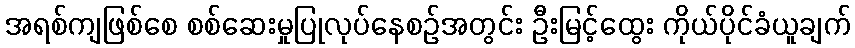
အရစ်ကျဖြစ်စေ စစ်ဆေးမှုပြုလုပ်နေစဉ်အတွင်း ဦးမြင့်ထွေး ကိုယ်ပိုင်ခံယူချက်